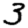
Digit: 3